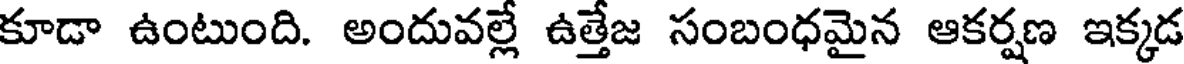
కూడా ఉంటుంది. అందువల్లే ఉత్తేజ సంబంధమైన ఆకర్షణ ఇక్కడ